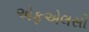
એફએલસી